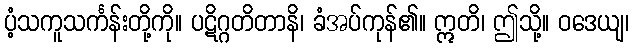
ပံ့သကူသင်္ကန်းတို့ကို။ ပဋိဂ္ဂတိတာနိ၊ ခံအပ်ကုန်၏။ ဣတိ၊ ဤသို့။ ဝဒေယျ၊